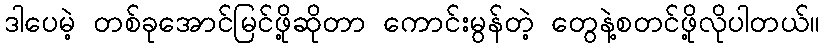
ဒါပေမဲ့ တစ်ခုအောင်မြင်ဖို့ဆိုတာ ကောင်းမွန်တဲ့ တွေနဲ့စတင်ဖို့လိုပါတယ်။